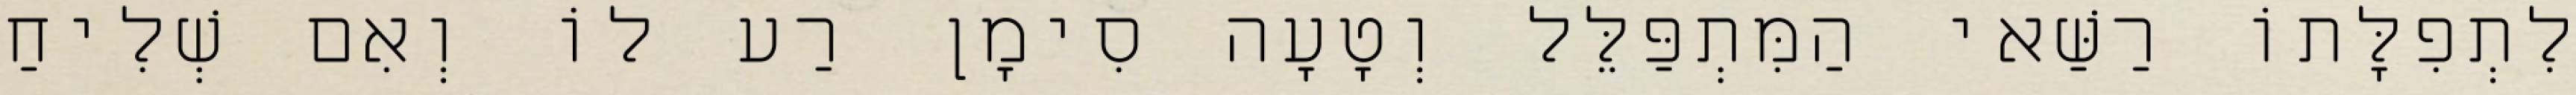
לִתְפִלָּתוֹ רַשַּׁאי הַמִּתְפַּלֵּל וְטָעָה סִימָן רַע לוֹ וְאִם שְׁלִיחַ